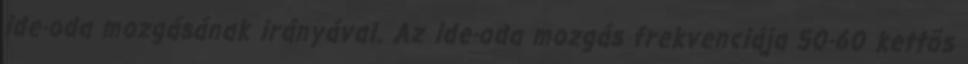
ide-oda mozgásának irányával. Az ide-oda mozgás frekvenciája 50-60 kettõs